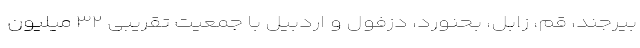
بیرجند، قم، زابل، بحنورد، دزفول و اردبیل با جمعیت تقریبی ۳۲ میلیون